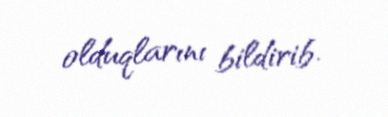
olduqlarını bildirib.